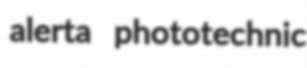
alerta phototechnic